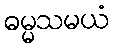
ဓမ္မသမယံ